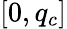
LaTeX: [0,q_{c}]